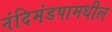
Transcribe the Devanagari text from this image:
नंदिमंडपामधील